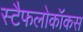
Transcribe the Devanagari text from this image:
स्टैफलोकॉकस